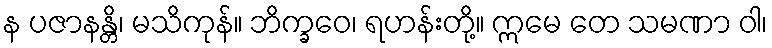
န ပဇာနန္တိ၊ မသိကုန်။ ဘိက္ခဝေ၊ ရဟန်းတို့။ ဣမေ တေ သမဏာ ဝါ၊